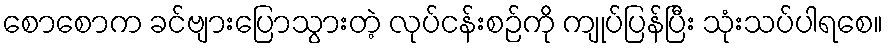
စောစောက ခင်ဗျားပြောသွားတဲ့ လုပ်ငန်းစဉ်ကို ကျုပ်ပြန်ပြီး သုံးသပ်ပါရစေ။